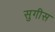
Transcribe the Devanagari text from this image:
सुगीस